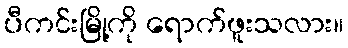
ပီကင်းမြို့ကို ရောက်ဖူးသလား။